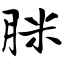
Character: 脒